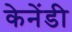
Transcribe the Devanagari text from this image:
केनेंडी